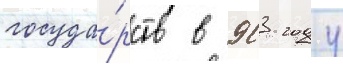
госуда́рств в 903 году